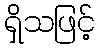
ရှိသဖြင့်